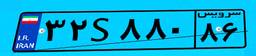
۳۲S۸۸۰۸۶